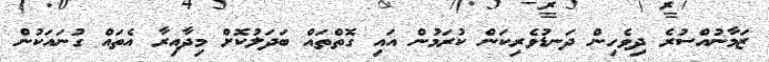
ޒަމާނުއްސުރެ ދިވެހިން ދަނޑުވެރިކަން ކުރަމުން އައި ގޮތްތައް ބަދަލުކޮށް މިދާއިރާ އެތައް ގުނައަކުން